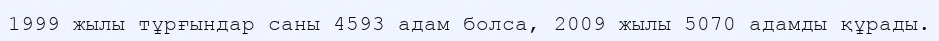
1999 жылы тұрғындар саны 4593 адам болса, 2009 жылы 5070 адамды құрады.